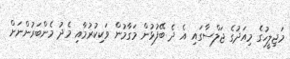
މަޖިލީހުގެ މިއަދުގެ ޖަލްސާގައި އެ ދެ ބޭފުޅުން މަގާމުން ވަކިކުރުމާއި މެދު މެންބަރުންނަށް